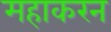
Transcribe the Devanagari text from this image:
महाकरन